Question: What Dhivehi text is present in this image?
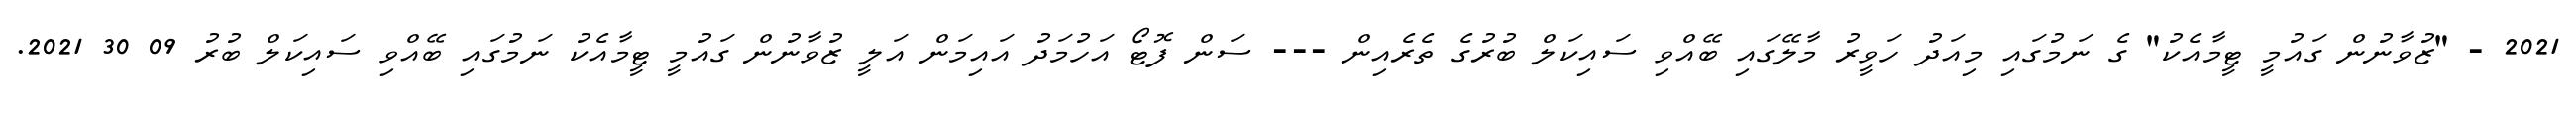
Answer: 2021 - "ޒުވާނުން ގައުމީ ޓީމާއެކު" ގެ ނަމުގައި މިއަދު ހަވީރު މާލޭގައި ބޭއްވި ސައިކަލް ބުރުގެ ތެރެއިން --- ސަން ފޮޓޯ އަހުމަދު އައިމަން އަލީ ޒުވާނުން ގައުމީ ޓީމާއެކު ނަމުގައި ބޭއްވި ސައިކަލް ބުރު 09 30 2021.